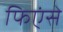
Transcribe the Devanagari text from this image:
फिएंसे